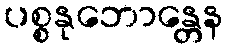
ပစ္စနုဘောန္တေန